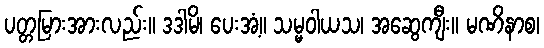
ပတ္တမြားအားလည်း။ ဒဒါမိ၊ ပေးအံ့။ သမ္မဝါယသ၊ အဆွေကျီး။ မဏိနာစ၊